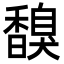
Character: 𩡗